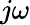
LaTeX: j\omega